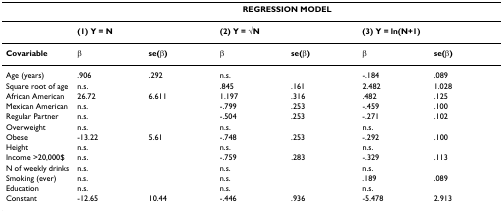
|  | <COLSPAN=6> REGRESSION MODEL |
 | --- | --- | --- | --- | --- | --- | --- |
 |  | <COLSPAN=2> (1) Y = N | <COLSPAN=2> (2) Y = √N | <COLSPAN=2> (3) Y = ln(N+1) |
 | Covariable | β | se(β) | β | se(β) | β | se(β) |
 | Age (years) | .906 | .292 | n.s. |  | -.184 | .089 |
 | Square root of age | n.s. |  | .845 | .161 | 2.482 | 1.028 |
 | African American | 26.72 | 6.611 | 1.197 | .316 | .482 | .125 |
 | Mexican American | n.s. |  | -.799 | .253 | -.459 | .100 |
 | Regular Partner | n.s. |  | -.504 | .253 | -.271 | .102 |
 | Overweight | n.s. |  | n.s. |  | n.s. |  |
 | Obese | -13.22 | 5.61 | -.748 | .253 | -.292 | .100 |
 | Height | n.s. |  | n.s. |  | n.s. |  |
 | Income >20,000$ | n.s. |  | -.759 | .283 | -.329 | .113 |
 | N of weekly drinks | n.s. |  | n.s. |  | n.s. |  |
 | Smoking (ever) | n.s. |  | n.s. |  | .189 | .089 |
 | Education | n.s. |  | n.s. |  | n.s. |  |
 | Constant | -12.65 | 10.44 | -.446 | .936 | -5.478 | 2.913 |